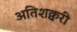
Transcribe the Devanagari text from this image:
अतिशक्वरी